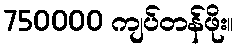
750000 ကျပ်တန်ဖိုး။